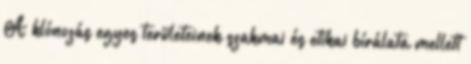
A klónozás egyes területeinek szakmai és etikai bírálata mellett